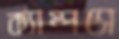
ক্যাম্পসে